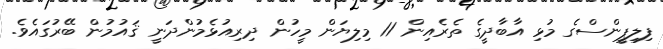
ފިލިޕީންސްގެ މުޅި އާބާދީގެ ތެރެއިން 11 މިލިޔަން މީހުން ދިރިއުޅެމުންދަނީ ޤައުމުން ބޭރުގައެވެ.